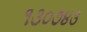
૧૩૦૭૪૩